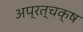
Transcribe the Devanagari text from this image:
अप्रत्चक्ष